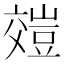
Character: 𧯺